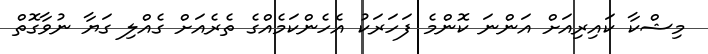
މިޝްކާ ކައިރިއަށް އަންނަ ކޮންމެ ފަހަރަކު އެހެންކަމެއްގެ ތެރެއަށް ގެއްލި ގަޔާ ނުވާގޮތް